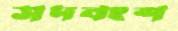
সদবংশ